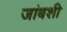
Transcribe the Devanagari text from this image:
जांबशी